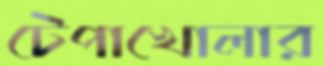
টেপাখোলার